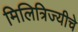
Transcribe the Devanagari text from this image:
मिलित्रिज्यीचे